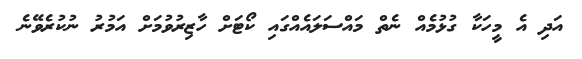
އަދި އެ މީހަކާ ގުޅުމެއް ނެތް މައްސަލައެއްގައި ކޯޓަށް ހާޒިރުވުމަށް އަމުރު ނުކުރެވޭނެ